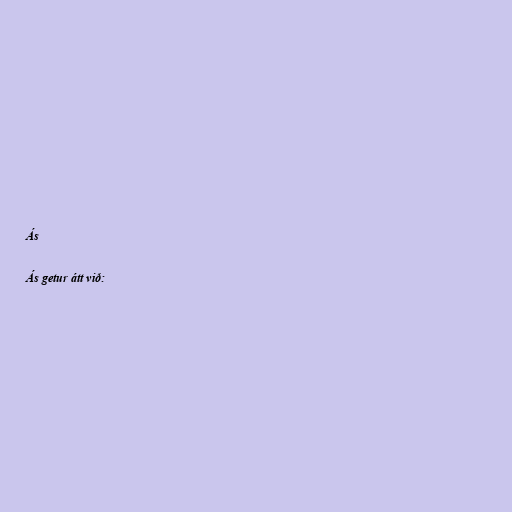
Ás

Ás getur átt við: